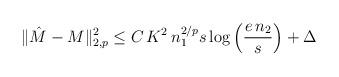
LaTeX: \begin{align*} \| \hat M-M\|_{2,p}^2\leq C\,K^{2}\,n^{2/p}_1 s\log\left (\dfrac{e\,n_2}{s}\right )+\Delta \end{align*}